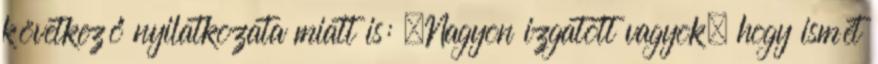
következő nyilatkozata miatt is: „Nagyon izgatott vagyok, hogy ismét